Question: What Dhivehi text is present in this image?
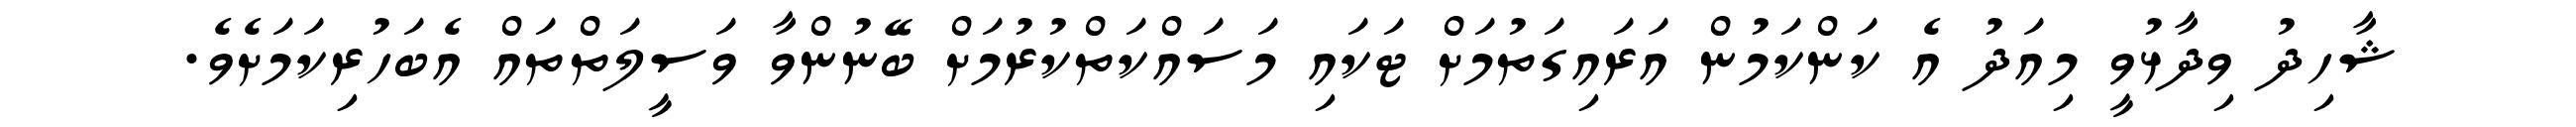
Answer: ޝާހިދު ވިދާޅުވީ މިއަދު އެ ކަންކަމުން އަރައިގަތުމަށް ޓަކައި މަސައްކަތްކުރުމަށް ބޭނުންވާ ވަސީލަތްތައް އެބަހުރިކަމަށެވެ.